Report on sanitation, dispensaries, and jails in Rajputana for 1921, and on vaccination for the year 1921-1922 - 1921-1922
Year: 1921
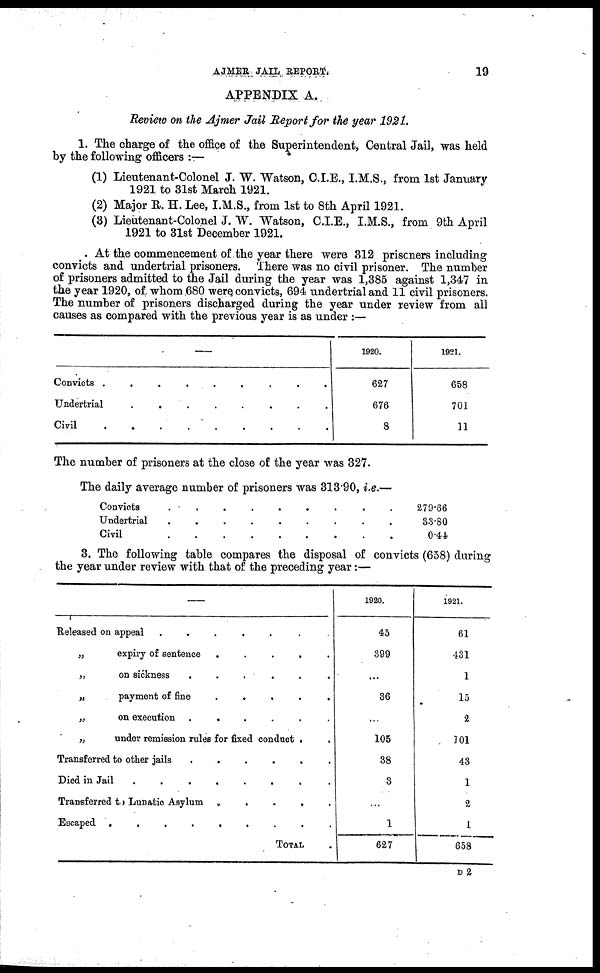
AJMER JAIL REPORT.
19
APPENDIX A.
Review on the Ajmer Jail Report for the year 1921.
1. The charge of the office of the Superintendent, Central Jail, was held
by the following officers :—
(1) Lieutenant-Colonel J. W. Watson, C.I.E., I.M.S., from 1st January
1921 to 31st March 1921.
(2) Major R. H. Lee, I.M.S., from 1st to 8th April 1921.
(3) Lieutenant-Colonel J. W. Watson, C.I.E., I.M.S., from 9th April
1921 to 31st December 1921.
At the commencement of the year there were 312 prisoners including
convicts and undertrial prisoners. There was no civil prisoner. The number
of prisoners admitted to the Jail during the year was 1,385 against 1,347 in
the year 1920, of whom 680 were convicts, 694 undertrial and 11 civil prisoners.
The number of prisoners discharged during the year under review from all
causes as compared with the previous year is as under :—
—
Convicts.........
Undertrial........
Civil
1920.
627
676
8
1921.
658
701
11
The number of prisoners at the close of the year was 327.
The daily average number of prisoners was 313.90, i.e.—
Convicts.........
Undertrial.........
Civil.........
279.66
33.80
0.44
3. The following table compares the disposal of convicts (658) during
the year under review with that of the preceding year:—
—
Released on appeal.......
„
„
„
„
„
expiry of sentence.....
on sickness......
payment of
fine.....
on execution......
under remission rules for fixed conduct..
Transferred to other
jails......
Died in Jail........
Transferred to Lunatic Asylum.....
Escaped.........
TOTAL.
1920.
45
399
...
36
...
105
38
3
...
1
627
1921.
61
431
1
15
2
101
43
1
2
1
658
D 2